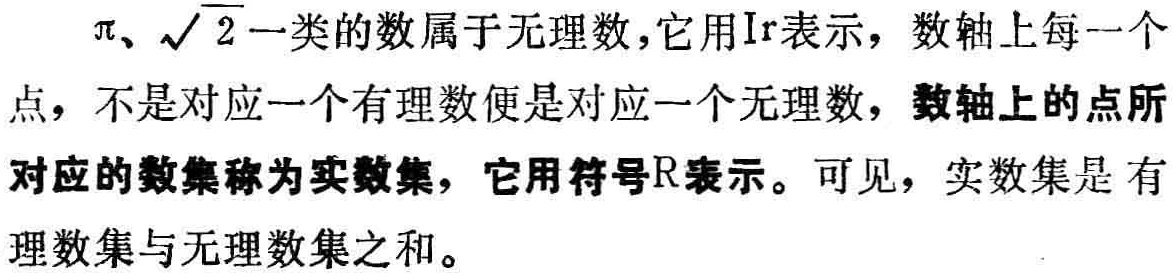
$\pi、\sqrt{2}$一类的数属于无理数，它用$\mathrm{Ir}$表示，数轴上每一个点，不是对应一个有理数便是对应一个无理数，数轴上的点所对应的数集称为实数集，它用符号$\mathbb{R}$表示。可见，实数集是有理数集与无理数集之和。